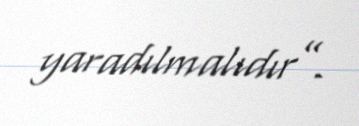
yaradılmalıdır”.